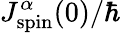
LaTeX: J_{\mathrm{spin}}^{\alpha}(0)/\hbar